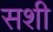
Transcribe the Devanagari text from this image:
सशी